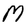
Character: M